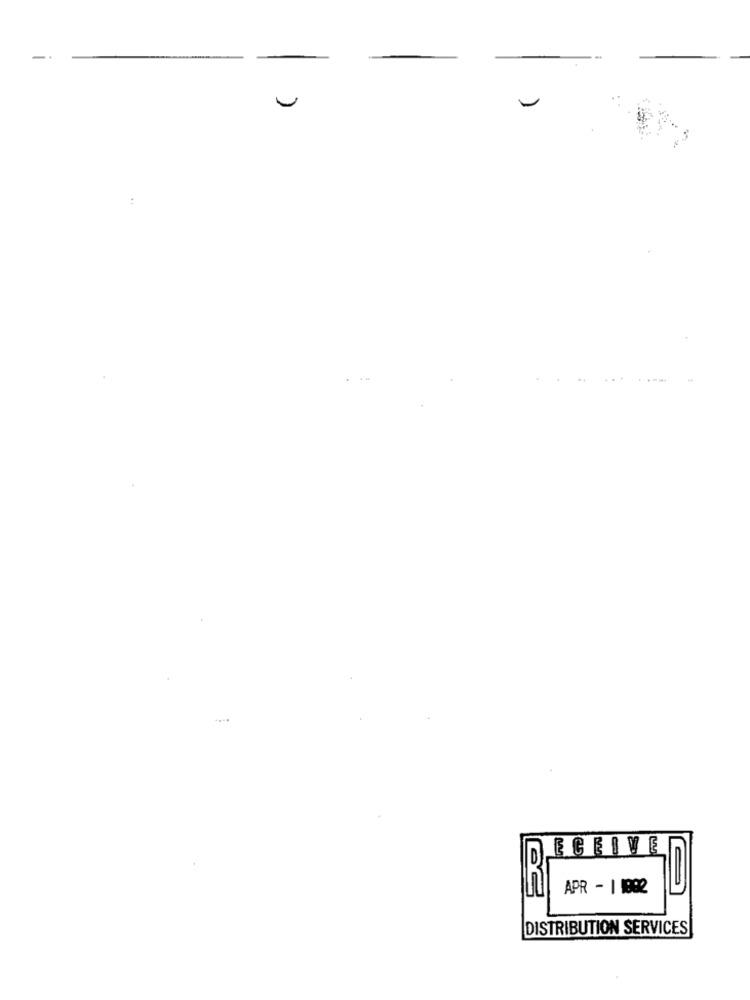
-
-
:
....
ECEIVE
APR - 1 1882
DISTRIBUTION SERVICES